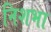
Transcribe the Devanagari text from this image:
निशभा